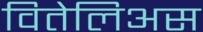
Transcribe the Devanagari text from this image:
वितेलिअस